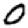
Digit: 0